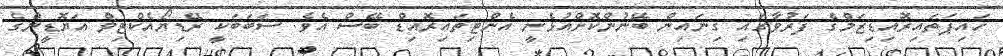
ހައިޕަތައިރޮއިޑިޒަމްގެ ފަރުވާގައި ގިނައިން ބޭނުންކޮށްއުޅެނީ އެންޓިތައިރޮއިޑް ބޭސް އެވެ. ސަބަބަކީ ރޭޑިޔޯއެކްޓިވް އަޔޮޑީންގެ